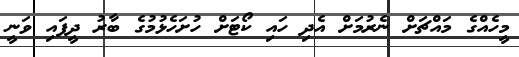
މީހެއްގެ މައްޗަށް ނެރުމަށް އެދި ހައި ކޯޓަށް ހުށަހެޅުމުގެ ބާރު ދީފައި ވަނީ